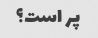
پر است؟